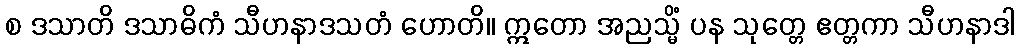
စ ဒသာတိ ဒသာဓိကံ သီဟနာဒသတံ ဟောတိ။ ဣတော အညသ္မိံ ပန သုတ္တေ ဧတ္တကာ သီဟနာဒါ